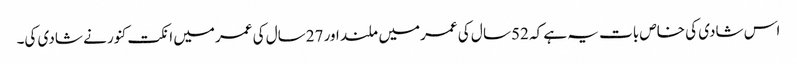
اس شادی کی خاص بات یہ ہے کہ 52سا ل کی عمرمیں ملند اور 27سال کی عمرمیں انکت کنور نے شادی کی۔